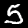
Digit: 5